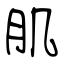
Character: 肌